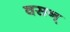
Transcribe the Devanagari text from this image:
वसन्